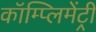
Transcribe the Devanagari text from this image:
कॉम्‍प्‍लिमेंट्री